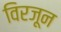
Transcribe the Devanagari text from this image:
विरजून